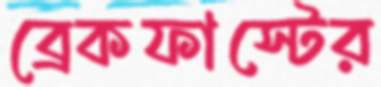
ব্রেকফাস্টের